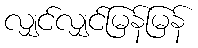
လျှင်လျှင်မြန်မြန်